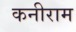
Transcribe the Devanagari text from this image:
कनीराम